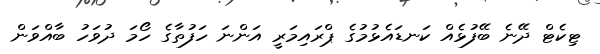
ޓިކެޓް ދޭނެ ބޭފުޅެއް ކަނޑައެޅުމުގެ ޕްރައިމަރީ އަންނަ ހަފުތާގެ ހޯމަ ދުވަހު ބާއްވަން